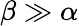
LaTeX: \beta\gg\alpha